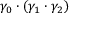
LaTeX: \gamma _ { 0 } \cdot ( \gamma _ { 1 } \cdot \gamma _ { 2 } )